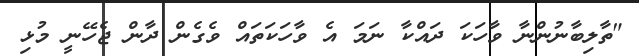
"ތާލިބާނުންނާ ވާހަކަ ދައްކާ ނަމަ އެ ވާހަކަތައް ވެގެން ދާން ޖެހޭނީ މުޅި